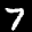
Label: 7